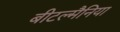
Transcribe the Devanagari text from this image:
बीटल्मैनिया